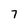
Character: 7